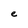
Character: e